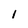
Character: I